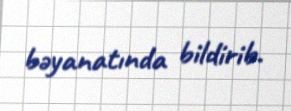
bəyanatında bildirib.